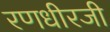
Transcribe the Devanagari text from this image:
रणधीरजी